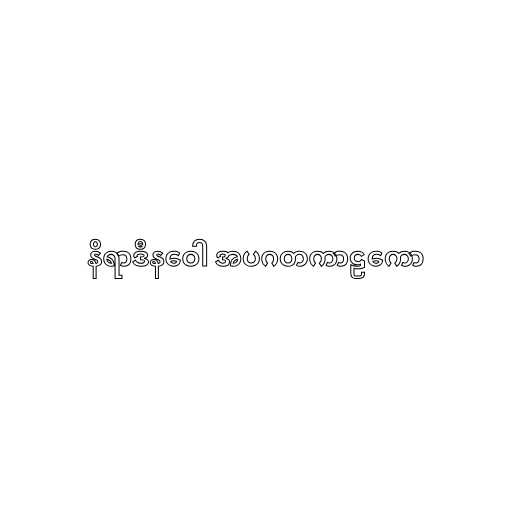
နိရာဒီနဝေါ အပဂတကာဠကော